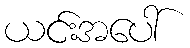
ယင်းအပေါ်